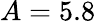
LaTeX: A=5.8